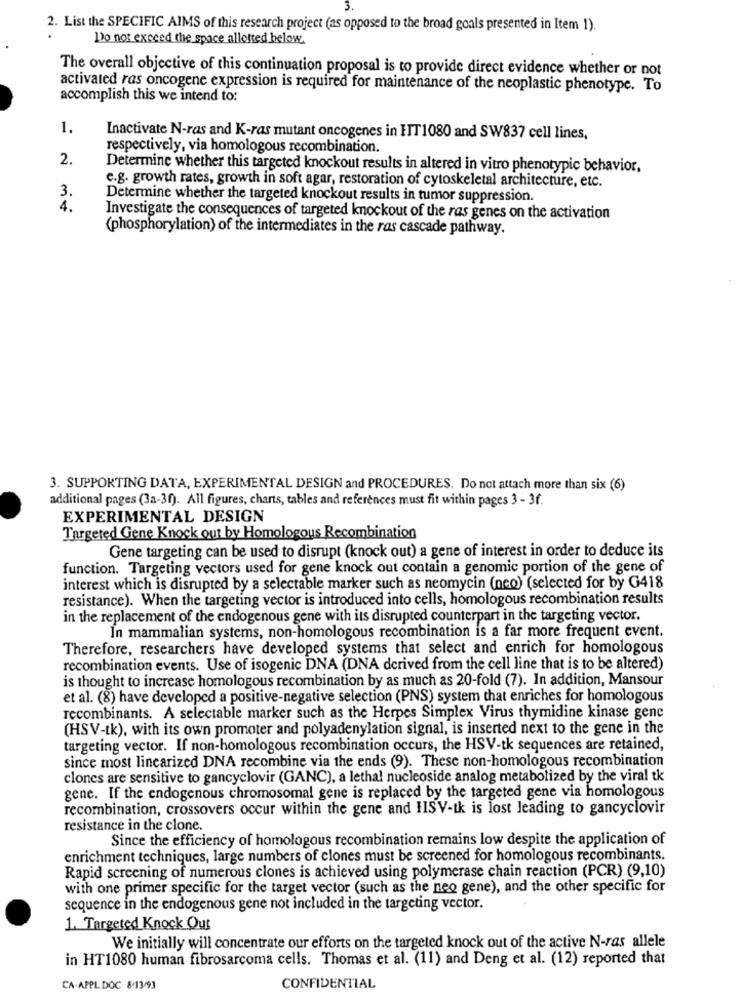
2. List the SPECIFIC AIMS of this research project (as opposed to the broad goals presented in Item 1).
Do not exceed the space allotted below
The overall objective of this continuation proposal is to provide direct evidence whether or not
activated ras oncogene expression is required for maintenance of the neoplastic phenotype. To
accomplish this we intend to:
1.
Inactivate N-ras and K-ras mutant oncogenes in FIT1080 and SW837 cell lines,
respectively, via homologous recombination.
2.
Determine whether this targeted knockout results in altered in vitro phenotypic behavior,
e.g. growth rates, growth in soft agar, restoration of cytoskeletal architecture, etc.
3.
Determine whether the targeted knockout results in tumor suppression.
4.
Investigate the consequences of targeted knockout of the ras genes on the activation
(phosphorylation) of the intermediates in the ras cascade pathway.
3. SUPPORTING DATA, EXPERIMENTAL DESIGN and PROCEDURES. Do not attach more than six (6)
additional pages (3a-3f). All figures, charts, tables and references must fit within pages 3 - 3f.
EXPERIMENTAL DESIGN
Targeted Gene Knock out by Homologous Recombination
Gene targeting can be used to disrupt (knock out) a gene of interest in order to deduce its
function. Targeting vectors used for gene knock out contain a genomic portion of the gene of
interest which is disrupted by a selectable marker such as neomycin (neo) (selected for by G418
resistance). When the targeting vector is introduced into cells, homologous recombination results
in the replacement of the endogenous gene with its disrupted counterpart in the targeting vector.
In mammalian systems, non-homologous recombination is a far more frequent event.
Therefore, researchers have developed systems that select and enrich for homologous
recombination events. Use of isogenic DNA (DNA derived from the cell line that is to be altered)
is thought to increase homologous recombination by as much as 20-fold (7). In addition, Mansour
et al. (8) have developed a positive-negative selection (PNS) system that enriches for homologous
recombinants. A selectable marker such as the Herpes Simplex Virus thymidine kinase genc
(HSV-tk), with its own promoter and polyadenylation signal, is inserted next to the gene in the
targeting vector. If non-homologous recombination occurs, the HSV-tk sequences are retained,
since most linearized DNA recombine via the ends (9). These non-homologous recombination
clones are sensitive to gancyclovir (GANC), a lethal nucleoside analog metabolized by the viral tk
gene. If the endogenous chromosomal gene is replaced by the targeted gene via homologous
recombination, crossovers occur within the gene and HISV-tk is lost leading to gancyclovir
resistance in the clone.
Since the efficiency of homologous recombination remains low despite the application of
enrichment techniques, large numbers of clones must be screened for homologous recombinants.
Rapid screening of numerous clones is achieved using polymerase chain reaction (PCR) (9,10)
with one primer specific for the target vector (such as the neo gene), and the other specific for
sequence in the endogenous gene not included in the targeting vector.
1. Targeted Knock Out
We initially will concentrate our efforts on the targeted knock out of the active N-ras allele
in HT1080 human fibrosarcoma cells. Thomas et al. (11) and Deng et al. (12) reported that
CA-APPL DOC 8/13/93
CONFIDENTIAL